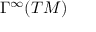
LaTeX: \Gamma ^ { \infty } ( T M )